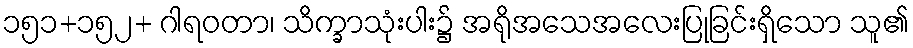
၁၅၁+၁၅၂+ ဂါရဝတာ၊ သိက္ခာသုံးပါး၌ အရိုအသေအလေးပြုခြင်းရှိသော သူ၏